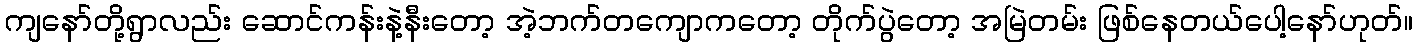
ကျနော်တို့ရွာလည်း ဆောင်ကန်းနဲ့နီးတော့ အဲ့ဘက်တကျောကတော့ တိုက်ပွဲတော့ အမြဲတမ်း ဖြစ်နေတယ်ပေါ့နော်ဟုတ်။